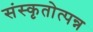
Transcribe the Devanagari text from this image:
संस्कृतोत्पन्न